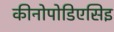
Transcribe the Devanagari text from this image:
कीनोपोडिएसिइ